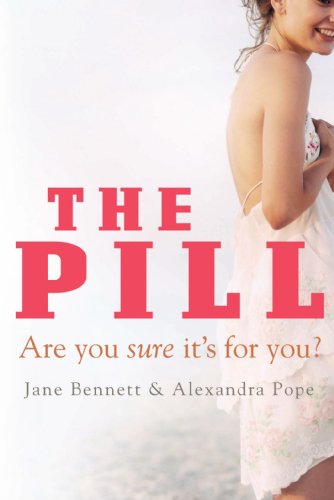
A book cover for The Pill: Are You Sure It's for You?; Jane Bennett; Health, Fitness & Dieting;